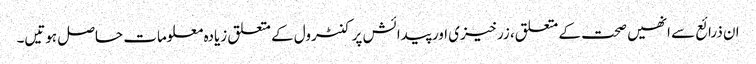
ان ذرائع سے انھیں صحت کے متعلق، زرخیزی اور پیدائش پر کنٹرول کے متعلق زیادہ معلومات حاصل ہوتیں۔